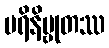
ပရိနိဗ္ဗုတဿ